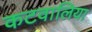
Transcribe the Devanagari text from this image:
कटवालिया